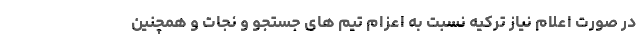
در صورت اعلام نیاز ترکیه نسبت به اعزام تیم های جستجو و نجات و همچنین